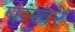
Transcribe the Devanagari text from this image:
पांखरें